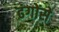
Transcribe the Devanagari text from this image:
ढंगोंसे